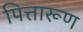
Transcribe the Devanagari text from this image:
पित्तारूण